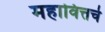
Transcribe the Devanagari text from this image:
महावित्तचे